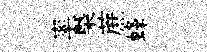
率槩蔗蜂